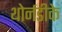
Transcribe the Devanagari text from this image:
थोर्नडीके